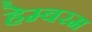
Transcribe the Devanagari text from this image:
हेम्बरम